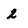
Character: 2